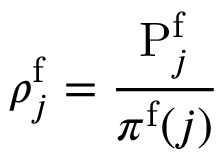
\rho _ { j } ^ { \mathrm f } = \frac { \mathrm { P } _ { j } ^ { \mathrm f } } { \pi ^ { \mathrm f } ( j ) }